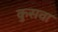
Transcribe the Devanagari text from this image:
कुसवा